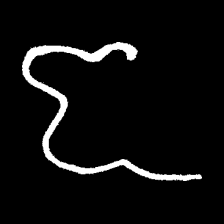
Pyu character \u2014 Myanmar letter: ဇ (romanized: ja)